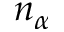
n _ { \alpha }